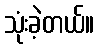
သုံးခဲ့တယ်။